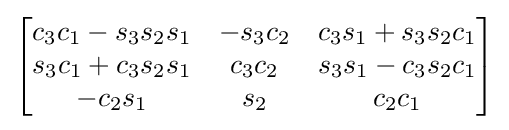
{\begin{bmatrix}c_{3}c_{1}-s_{3}s_{2}s_{1}&-s_{3}c_{2}&c_{3}s_{1}+s_{3}s_{2}c_{1}\\s_{3}c_{1}+c_{3}s_{2}s_{1}&c_{3}c_{2}&s_{3}s_{1}-c_{3}s_{2}c_{1}\\-c_{2}s_{1}&s_{2}&c_{2}c_{1}\end{bmatrix}}